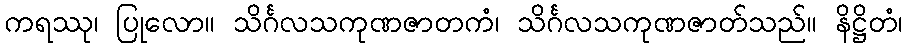
ကရဿု၊ ပြုလော။ သိင်္ဂလသကုဏဇာတကံ၊ သိင်္ဂလသကုဏဇာတ်သည်။ နိဋ္ဌိတံ၊